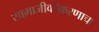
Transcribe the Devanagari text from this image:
सामाजीकीकरणाचा